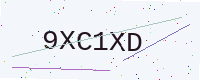
Text: 9XC1XD